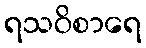
ရသဝိစာရေ